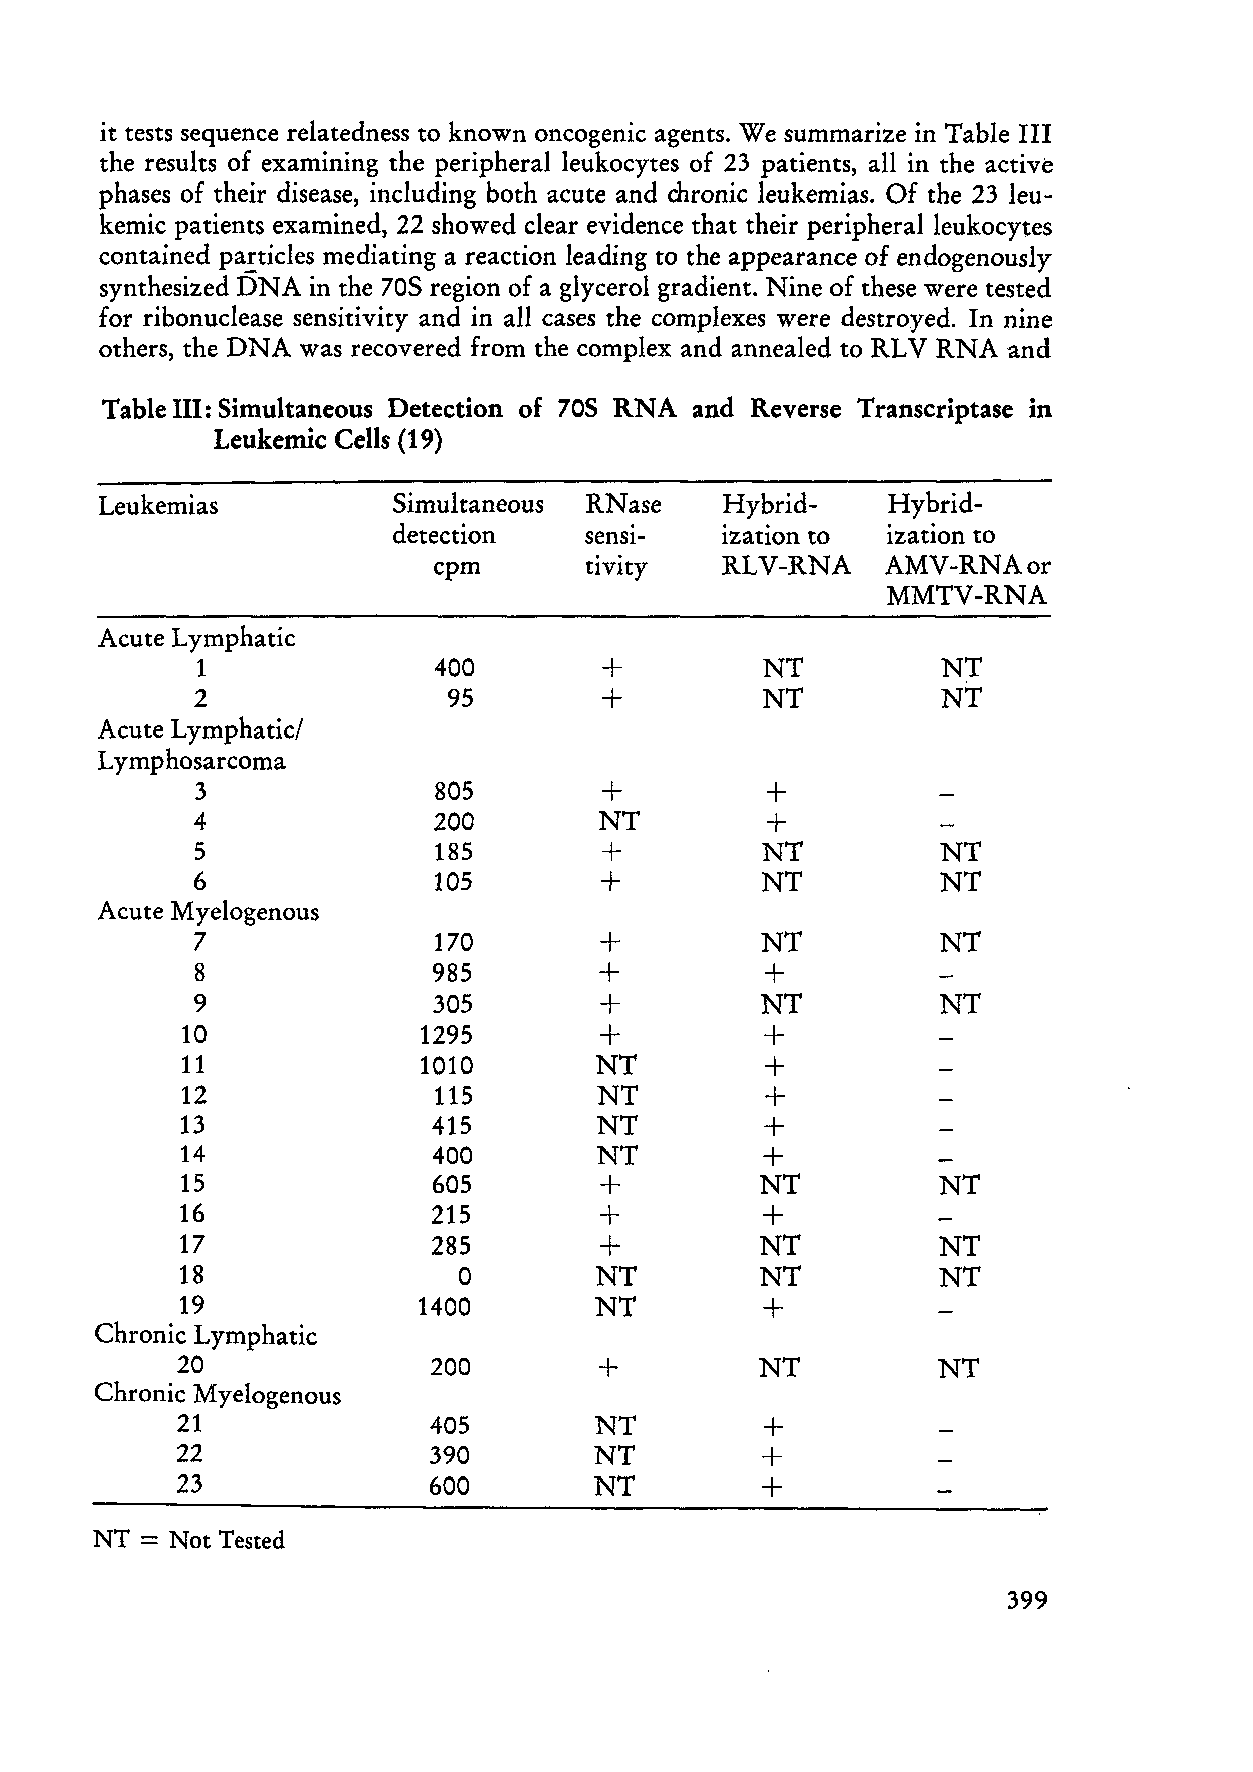
it tests sequence relatedness to known oncogenic agents. We summarize in Table III
 the results of examining the peripher al leukocytes of 23 patients, all in the active
 phases of their disease, including both acute and chronic leukemias. Of the 23 leu-
 kemic patients examined, 22 showed clear evidence that their peripheralleukocytes
 contained pa.!ticles mediating areaction leading to the appearance of endogenously
 synthesized DNA in the 70S region of a glycerol gradient. Nine of these were tested
 for ribonuclease sensitivity and in all cases the complexes were destroyed. In nine
 others, the DNA was recovered from the complex and annealed to RL V RNA and
 Table III: Simultaneous Detection of 70S RNA and Reverse Transcriptase in
 Leukemic Cells (19)
 Leukemias          Simultaneous RNase    Hybrid-    Hybrid-
 detection    senSl-   ization to ization to
 cpm       tivity   RLV-RNA    AMV-RNAor
 MMTV-RNA
 Acute Lymphatic
 1               400        +          NT          NT
 2                95        +          NT          NT
 Acute Lymphatic/
 Lymphosarcoma
 3               805        +          +
 4               200        NT         +
 5               185        +          NT          NT
 6               105        +          NT         NT
 Acute Myelogenous
 7               170        +          NT         NT
 8               985        +          +
 9               305        +          NT         NT
 10              1295        +          +
 11              1010        NT         +
 12               115        NT         +
 13               415        NT         +
 14               400        NT         +
 15               605        +          NT         NT
 16               215        +          +
 17               285        +          NT         NT
 18                 0        NT         NT         NT
 19              1400        NT         +
 Chronic Lymphatic
 20               200        +          NT         NT
 Chronic M yelogenous
 21               405        NT         +
 22               390        NT         +
 23               600        NT         +
 NT = Not Tested
 399